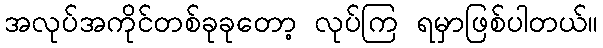
အလုပ်အကိုင်တစ်ခုခုတော့ လုပ်ကြ ရမှာဖြစ်ပါတယ်။